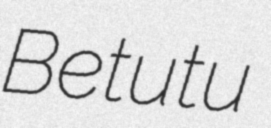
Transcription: Betutu